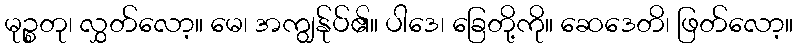
မုဉ္စတု၊ လွှတ်လော့။ မေ၊ အကျွန်ုပ်၏။ ပါဒေ၊ ခြေတို့ကို။ ဆေဒေတိ၊ ဖြတ်လော့။